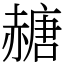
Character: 赯